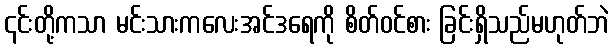
၎င်းတို့ကသာ မင်းသားကလေးအင်ဒရေကို စိတ်ဝင်စား ခြင်းရှိသည်မဟုတ်ဘဲ